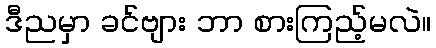
ဒီညမှာ ခင်ဗျား ဘာ စားကြည့်မလဲ။